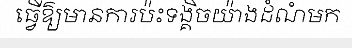
ធ្វើឱ្យមានការប៉ះទង្គិចយ៉ាងដំណំមក